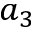
a _ { 3 }